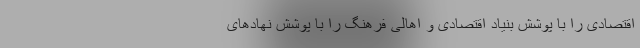
اقتصادی را با پوشش بنیاد اقتصادی و اهالی فرهنگ را با پوشش نهاد‌های